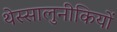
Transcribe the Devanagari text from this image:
थेस्सालुनीकियों